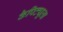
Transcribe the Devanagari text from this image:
कैपिट्यूला